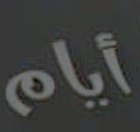
أيام